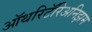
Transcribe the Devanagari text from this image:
ऑथरिटॅरिअनिझम